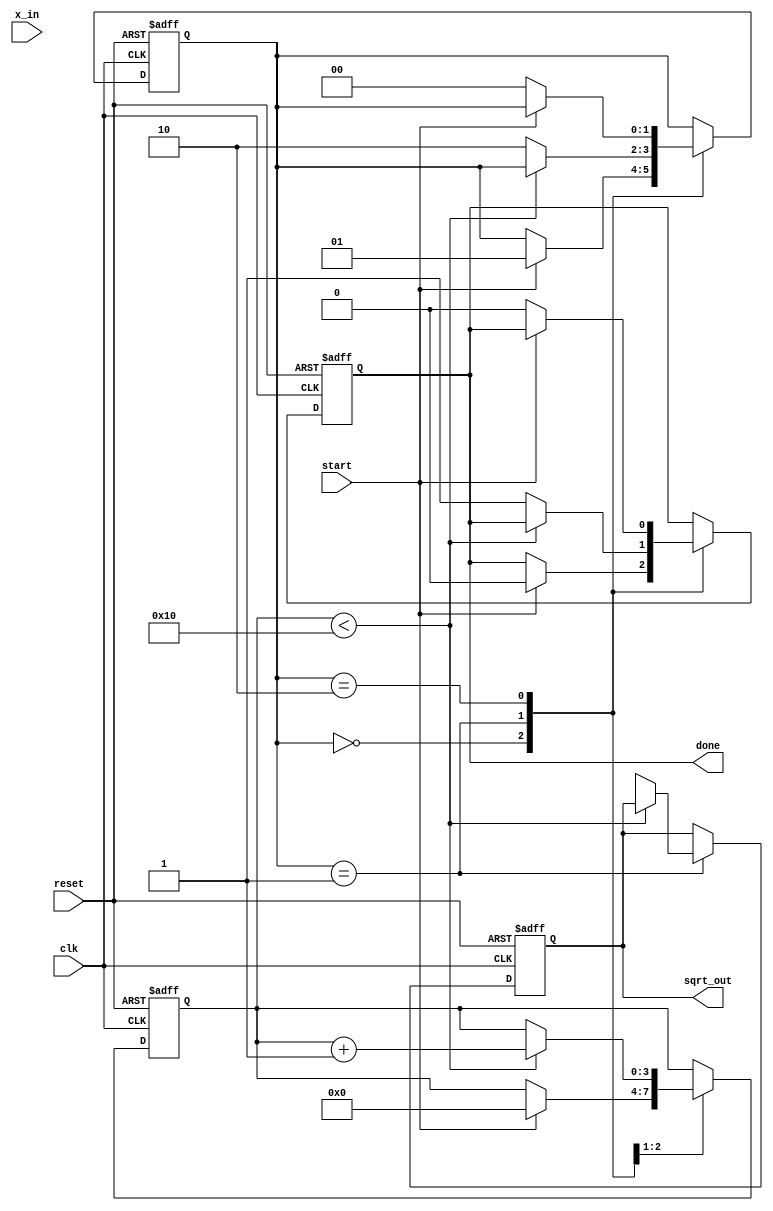
module cordic_sqrt (
    input wire clk,
    input wire reset,
    input wire start,
    input wire [31:0] x_in, // Input value for which square root is calculated
    output reg [31:0] sqrt_out, // Output square root value
    output reg done // Signal indicating completion
);

    // CORDIC parameters
    parameter NUM_ITERATIONS = 16;
    reg [31:0] x [0:NUM_ITERATIONS-1];
    reg [31:0] y [0:NUM_ITERATIONS-1];
    reg [31:0] z [0:NUM_ITERATIONS-1];
    reg [31:0] angle_table [0:NUM_ITERATIONS-1]; // Precomputed arctangent values
    reg [3:0] iteration; // Iteration counter
    reg [1:0] state; // FSM state

    // State definitions
    localparam IDLE = 2'b00;
    localparam COMPUTE = 2'b01;
    localparam DONE = 2'b10;

    // Initialize angle table (in fixed-point representation)
    initial begin
        angle_table[0] = 32'h00000000; // atan(2^0)
        angle_table[1] = 32'h0000003F; // atan(2^-1)
        angle_table[2] = 32'h0000001A; // atan(2^-2)
        angle_table[3] = 32'h0000000C; // atan(2^-3)
        angle_table[4] = 32'h00000006; // atan(2^-4)
        angle_table[5] = 32'h00000003; // atan(2^-5)
        angle_table[6] = 32'h00000001; // atan(2^-6)
        angle_table[7] = 32'h00000000; // atan(2^-7)
        angle_table[8] = 32'h00000000; // atan(2^-8)
        angle_table[9] = 32'h00000000; // atan(2^-9)
        angle_table[10] = 32'h00000000; // atan(2^-10)
        angle_table[11] = 32'h00000000; // atan(2^-11)
        angle_table[12] = 32'h00000000; // atan(2^-12)
        angle_table[13] = 32'h00000000; // atan(2^-13)
        angle_table[14] = 32'h00000000; // atan(2^-14)
        angle_table[15] = 32'h00000000; // atan(2^-15)
    end

    // FSM for controlling the CORDIC iterations
    always @(posedge clk or posedge reset) begin
        if (reset) begin
            state <= IDLE;
            iteration <= 0;
            done <= 0;
            sqrt_out <= 0;
        end else begin
            case (state)
                IDLE: begin
                    if (start) begin
                        // Initialize registers
                        x[0] <= x_in; // Input value
                        y[0] <= 0; // Initial Y value
                        z[0] <= 0; // Initial angle
                        iteration <= 0;
                        done <= 0;
                        state <= COMPUTE;
                    end
                end
                COMPUTE: begin
                    if (iteration < NUM_ITERATIONS) begin
                        // Perform CORDIC rotation
                        if (z[iteration] > 0) begin
                            x[iteration + 1] <= x[iteration] + (y[iteration] >> iteration);
                            y[iteration + 1] <= y[iteration] - (x[iteration] >> iteration);
                            z[iteration + 1] <= z[iteration] - angle_table[iteration];
                        end else begin
                            x[iteration + 1] <= x[iteration] - (y[iteration] >> iteration);
                            y[iteration + 1] <= y[iteration] + (x[iteration] >> iteration);
                            z[iteration + 1] <= z[iteration] + angle_table[iteration];
                        end
                        iteration <= iteration + 1;
                    end else begin
                        // Finalize output
                        sqrt_out <= x[NUM_ITERATIONS]; // The square root is in x after NUM_ITERATIONS
                        done <= 1;
                        state <= DONE;
                    end
                end
                DONE: begin
                    if (!start) begin
                        state <= IDLE; // Reset state when start is low
                        done <= 0;
                    end
                end
            endcase
        end
    end
endmodule